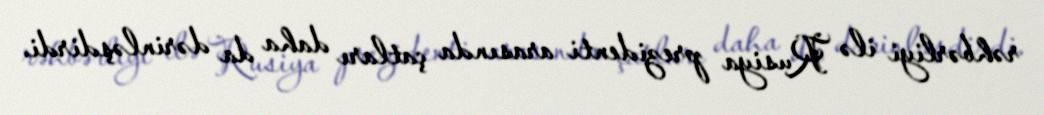
rəhbərliyi ilə Rusiya prezidenti arasında çatları daha da dərinləşdirdi.